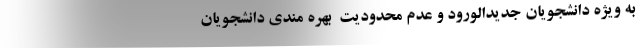
به ویژه دانشجویانِ جدیدالورود و عدم محدودیت ِ بهره مندی دانشجویان